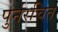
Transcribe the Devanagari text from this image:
पुर्नरचित